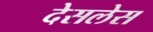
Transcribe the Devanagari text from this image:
देसलेस